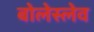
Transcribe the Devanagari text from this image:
बोलेस्लेव